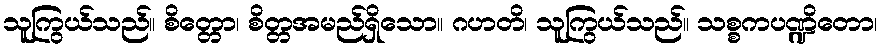
သူကြွယ်သည်။ စိတ္တော၊ စိတ္တအမည်ရှိသော။ ဂဟတိ၊ သူကြွယ်သည်။ သစ္စကပဏ္ဍိတော၊